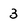
Character: 3